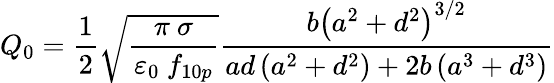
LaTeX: Q_{0}=\frac{1}{2}\sqrt{\frac{\pi\ \sigma}{\varepsilon_{0}\ f_{10p}}}\frac{b\left(a^{2}+d^{2}\right)^{3/2}}{ad\left(a^{2}+d^{2}\right)+2b\left(a^{3}+d^{3}\right)}